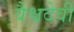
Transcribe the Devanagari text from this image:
वैश्वदेवी